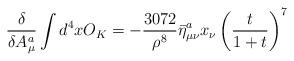
LaTeX: \begin{align*}\frac{\delta }{\delta A_\mu^a}\int d^4xO_K=-\frac{3072}{\rho^8}\bar{\eta}^{a}_{\mu\nu} x_\nu\left (\frac{t}{1+t}\right )^7\end{align*}